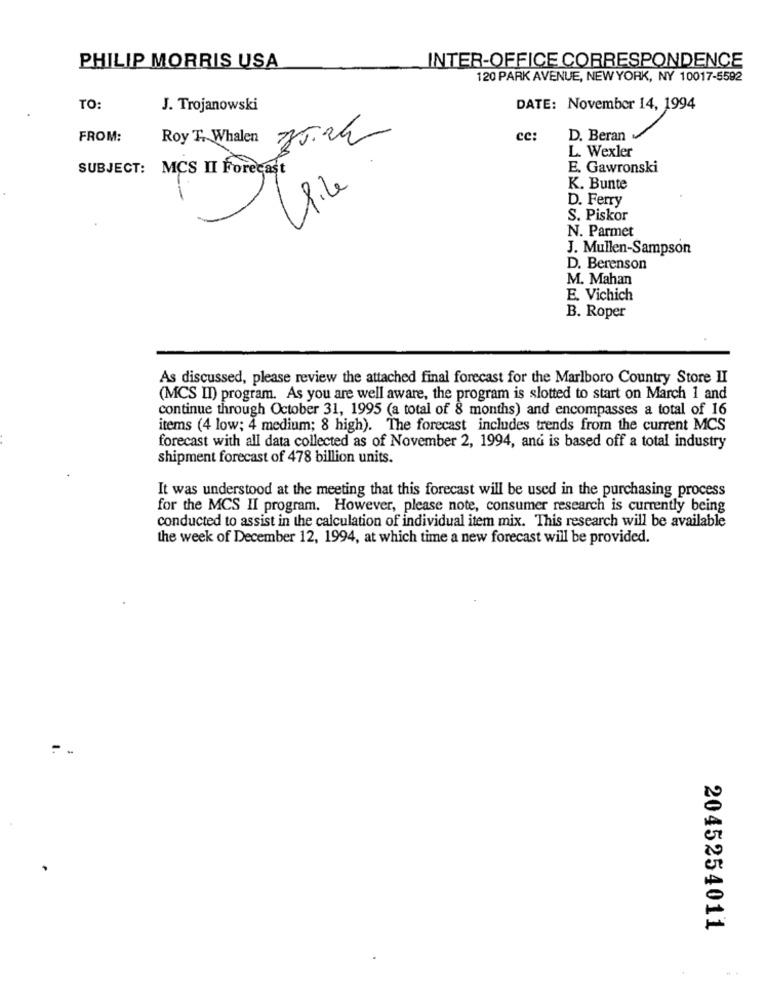
INTER-OFFICE CORRESPONDENCE
PHILIP MORRIS USA
120 PARK AVENUE, NEW YORK, NY 10017-5592
TO:
J. Trojanowski
DATE: November 14, 1994
FROM:
Roy T. Whalen 75.2h
cc
D. Beran
L. Wexler
SUBJECT: MCS II Forecast
E. Gawronski
K. Bunte
D. Ferry
S. Piskor
N. Parmet
J. Mullen-Sampson
D. Berenson
M. Mahan
E. Vichich
B. Roper
As discussed, please review the attached final forecast for the Marlboro Country Store II
(MCS II) program. As you are well aware, the program is slotted to start on March 1 and
continue through October 31, 1995 (a total of 8 months) and encompasses a total of 16
items (4 low; 4 medium; 8 high). The forecast includes trends from the current MCS
forecast with all data collected as of November 2, 1994, and is based off a total industry
shipment forecast of 478 billion units.
It was understood at the meeting that this forecast will be used in the purchasing process
for the MCS II program. However, please note, consumer research is currently being
conducted to assist in the calculation of individual item mix. This research will be available
the week of December 12, 1994, at which time a new forecast will be provided.
2
er
2045254011